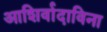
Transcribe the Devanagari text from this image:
आशिर्वादाविना